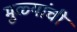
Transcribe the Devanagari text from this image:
मुळ्यांची